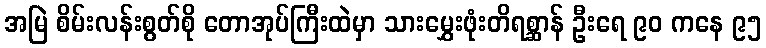
အမြဲ စိမ်းလန်းစွတ်စို တောအုပ်ကြီးထဲမှာ သားမွှေးဖုံးတိရစ္ဆာန် ဦးရေ ၉၀ ကနေ ၉၅